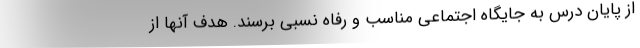
از پایان درس به جایگاه اجتماعی مناسب و رفاه نسبی برسند. هدف آنها از